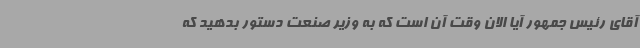
آقای رئیس جمهور آیا الان وقت آن است که به وزیر صنعت دستور بدهید که